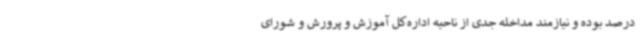
درصد بوده و نیازمند مداخله جدی از ناحیه اداره‌کل آموزش و پرورش و شورای